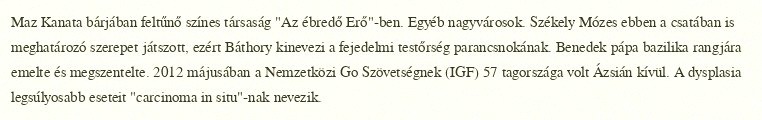
Maz Kanata bárjában feltűnő színes társaság "Az ébredő Erő"-ben. Egyéb nagyvárosok. Székely Mózes ebben a csatában is meghatározó szerepet játszott, ezért Báthory kinevezi a fejedelmi testőrség parancsnokának. Benedek pápa bazilika rangjára emelte és megszentelte. 2012 májusában a Nemzetközi Go Szövetségnek (IGF) 57 tagországa volt Ázsián kívül. A dysplasia legsúlyosabb eseteit "carcinoma in situ"-nak nevezik.